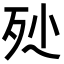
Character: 𣧖